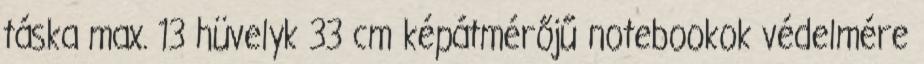
táska max. 13 hüvelyk 33 cm képátmérőjű notebookok védelmére